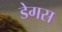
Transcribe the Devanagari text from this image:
डेगस